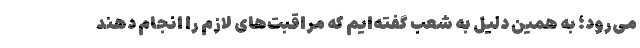
می‌رود؛ به همین دلیل به شعب گفته‌ایم که مراقبت‌های لازم را انجام دهند